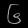
Digit: ၆